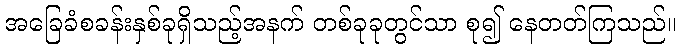
အခြေခံစခန်းနှစ်ခုရှိသည့်အနက် တစ်ခုခုတွင်သာ စု၍ နေတတ်ကြသည်။